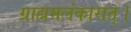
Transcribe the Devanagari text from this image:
ग्राह्ममलंकारात्।